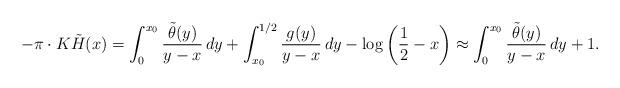
LaTeX: \begin{align*}- \pi \cdot K\tilde{H}(x) = \int_0^{x_0} \frac{\tilde{\theta}(y)}{y-x} \, dy + \int_{x_0}^{1/2} \frac{g(y)}{y-x} \, dy - \log \left( \frac12 - x \right) \approx \int_0^{x_0} \frac{\tilde{\theta}(y)}{y-x} \, dy + 1. \end{align*}